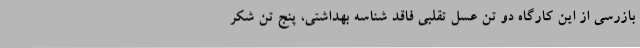
بازرسی از این کارگاه دو تن عسل تقلبی فاقد شناسه بهداشتی، پنج تن شکر